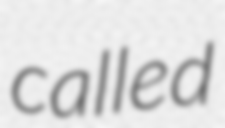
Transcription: called